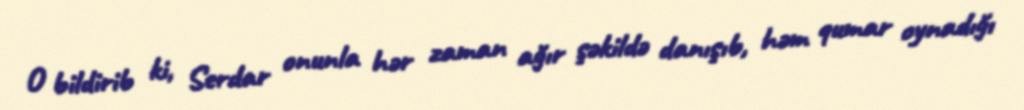
O bildirib ki, Serdar onunla hər zaman ağır şəkildə danışıb, həm qumar oynadığı